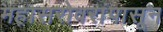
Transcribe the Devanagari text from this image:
महासरोवरांपासून